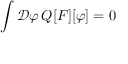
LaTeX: \int { \mathcal { D } } \varphi \, Q [ F ] [ \varphi ] = 0